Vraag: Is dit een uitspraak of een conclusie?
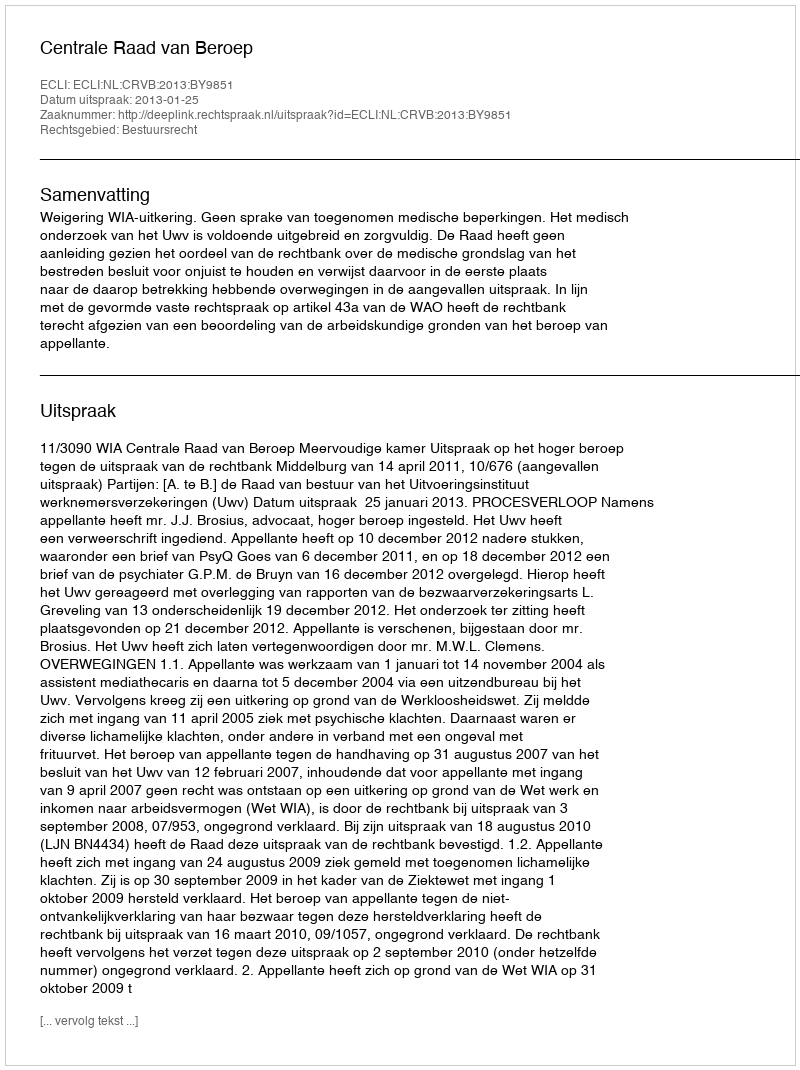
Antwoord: Uitspraak